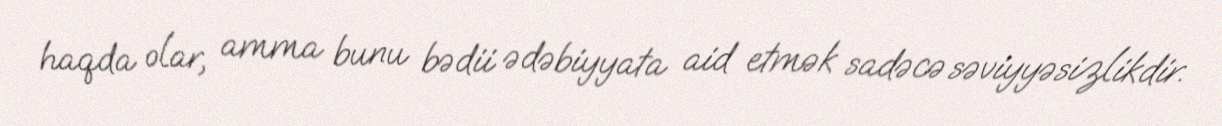
haqda olar, amma bunu bədii ədəbiyyata aid etmək sadəcə səviyyəsizlikdir.